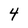
Character: 4